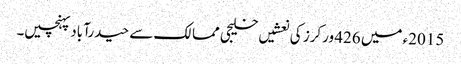
2015ء میں 426 ورکرز کی نعشیں خلیجی ممالک سے حیدرآباد پہنچیں۔